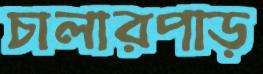
চালারপাড়